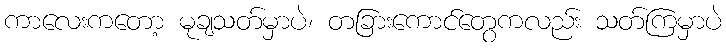
ကာလေးကတော့ မုချသတ်မှာပဲ၊ တခြားကောင်တွေကလည်း သတ်ကြမှာပဲ